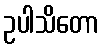
ဥပါသိတော